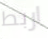
اربط